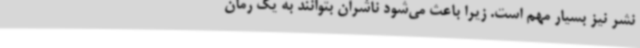
نشر نیز بسیار مهم است. زیرا باعث می‌شود ناشران بتوانند به یک رمان